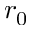
r _ { 0 }